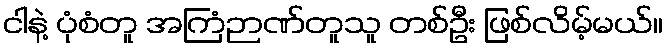
ငါနဲ့ ပုံစံတူ အကြံဉာဏ်တူသူ တစ်ဦး ဖြစ်လိမ့်မယ်။